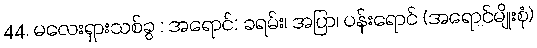
44. မလေးရှားသစ်ခွ : အရောင်: ခရမ်း၊ အပြာ၊ ပန်းရောင် (အရောင်မျိုးစုံ)